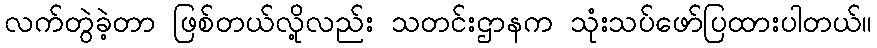
လက်တွဲခဲ့တာ ဖြစ်တယ်လို့လည်း သတင်းဌာနက သုံးသပ်ဖော်ပြထားပါတယ်။